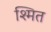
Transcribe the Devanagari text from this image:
श्मित